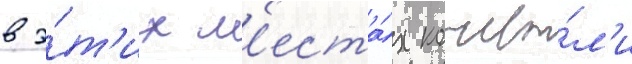
в э́т'их м'еста́х кочева́л'и